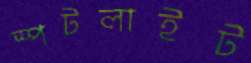
স্পটলাইট